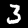
Label: 3